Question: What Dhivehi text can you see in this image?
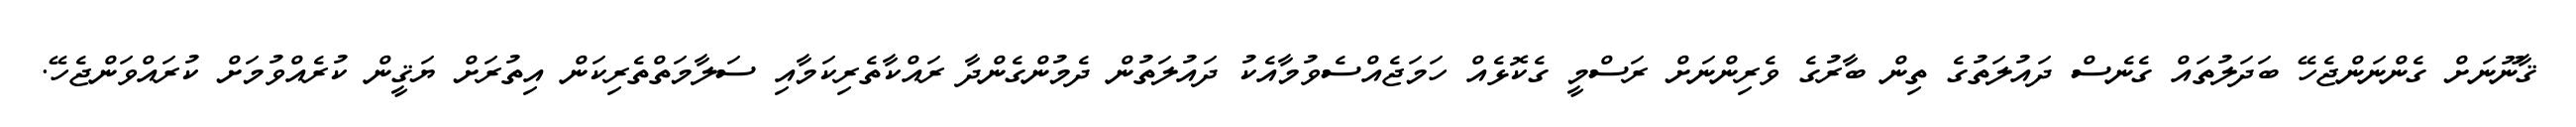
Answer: ޤާނޫނަށް ގެންނަންޖެހޭ ބަދަލުތައް ގެނެސް ދައުލަތުގެ ތިން ބާރުގެ ވެރިންނަށް ރަސްމީ ގެކޮޅެއް ހަމަޖެއްސެވުމާއެކު ދައުލަތުން ދެމުންގެންދާ ރައްކާތެރިކަމާއި ސަލާމަތްތެރިކަން އިތުރަށް ޔަޤީން ކުރެއްވުމަށް ކުރައްވަންޖެހޭ.